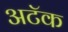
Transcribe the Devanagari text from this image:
अटॅक